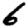
Digit: 6